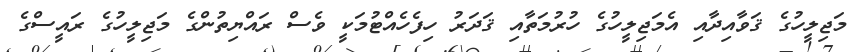
މަޖިލީހުގެ ޤަވާއިދާއި އެމަޖިލީހުގެ ހުރުމަތާއި ޤަދަރު ހިފެހެއްޓުމަކީ ވެސް ރައްޔިތުންގެ މަޖިލީހުގެ ރައީސްގެ